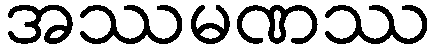
အဿမဏဿ